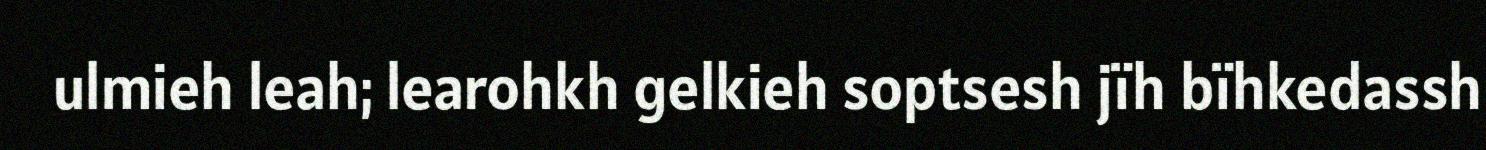
ulmieh leah; learohkh gelkieh soptsesh jïh bïhkedassh